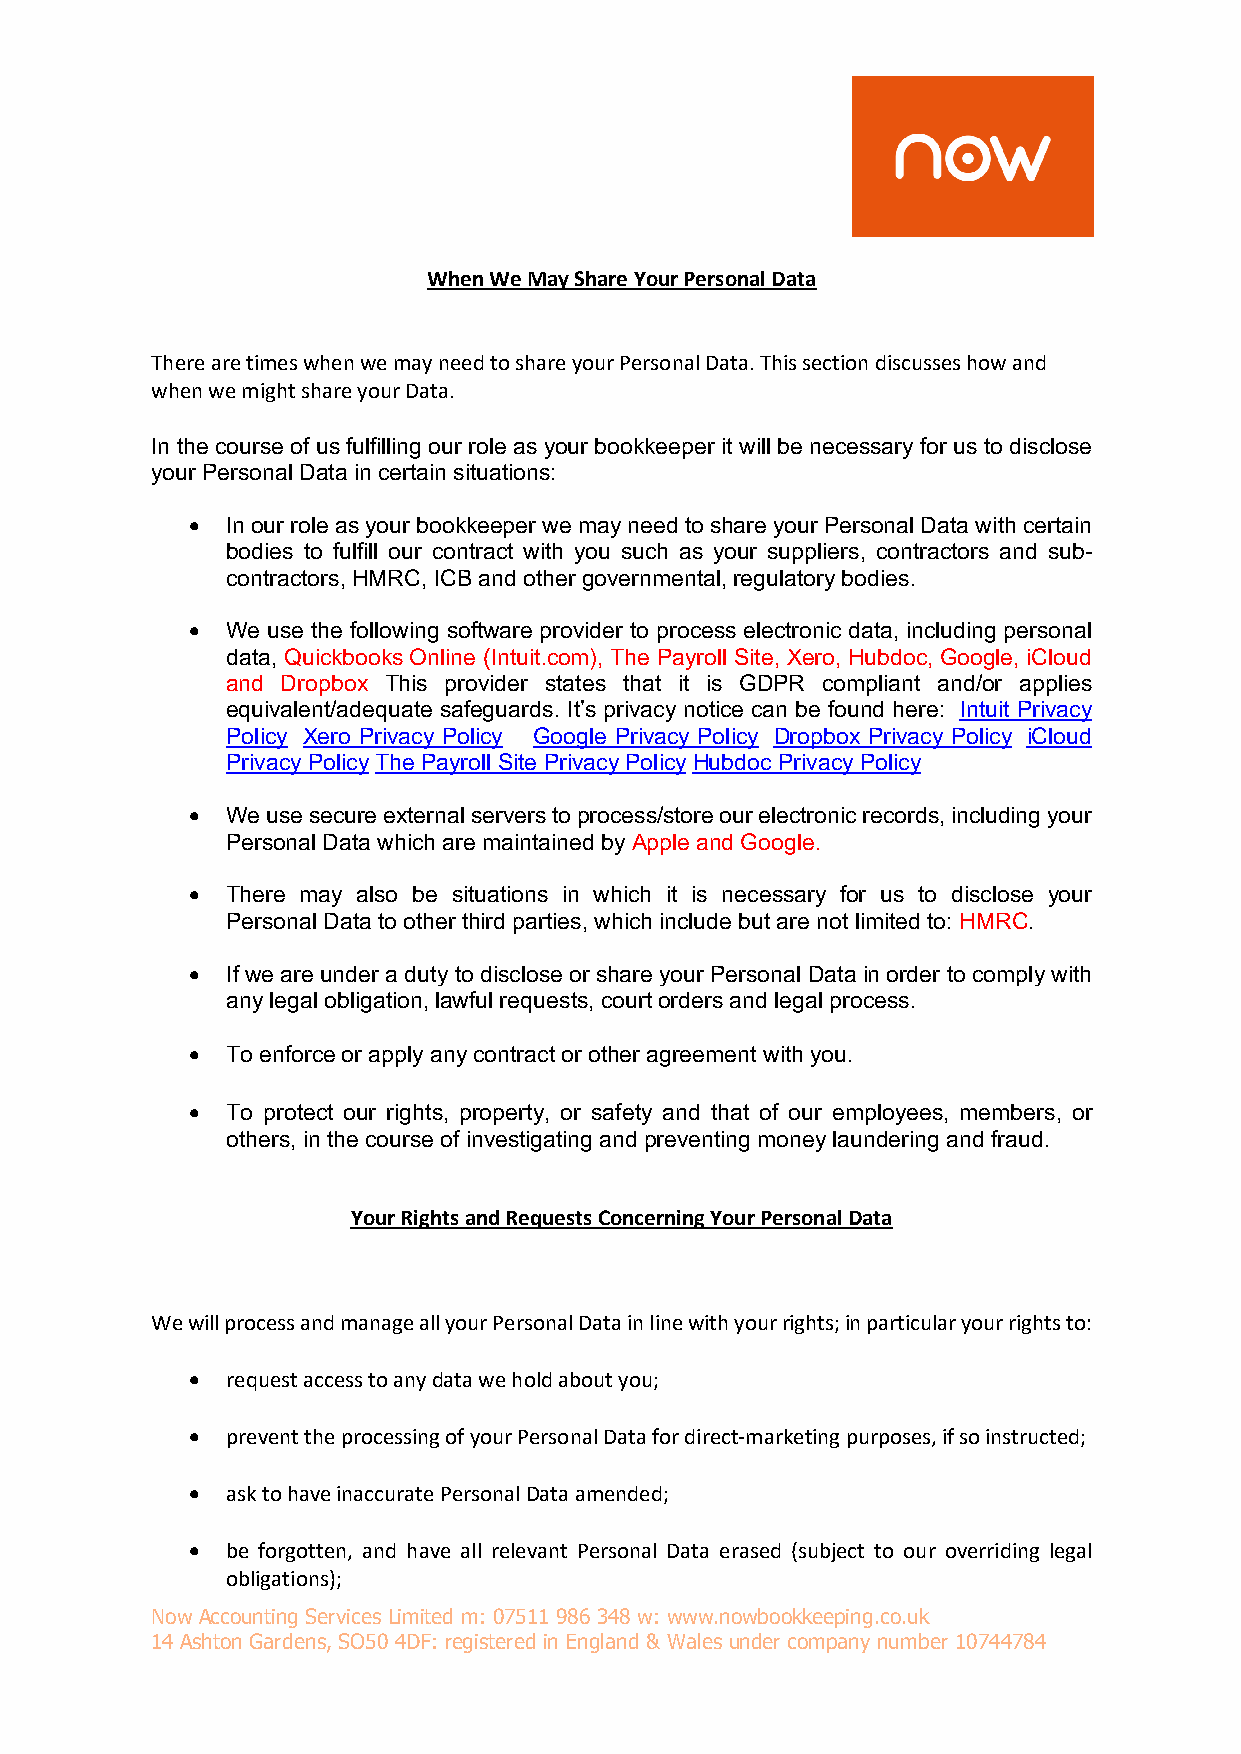
When We May Share Your Personal Data
 There are times when we may need to share your Personal Data. This section discusses how and
 when we might share your Data.
 In the course of us fulfilling our role as your bookkeeper it will be necessary for us to disclose
 your Personal Data in certain situations:
 •  In our role as your bookkeeper we may need to share your Personal Data with certain
 bodies to fulfill our contract with you such as your suppliers, contractors and sub-
 contractors, HMRC, ICB and other governmental, regulatory bodies.
 •  We use the following software provider to process electronic data, including personal
 data, Quickbooks Online (Intuit.com), The Payroll Site, Xero, Hubdoc, Google, iCloud
 and Dropbox This provider states that it is GDPR compliant and/or applies
 equivalent/adequate safeguards. It’s privacy notice can be found here: Intuit Privacy
 Policy Xero Privacy Policy Google Privacy Policy Dropbox Privacy Policy iCloud
 Privacy Policy The Payroll Site Privacy Policy Hubdoc Privacy Policy
 •  We use secure external servers to process/store our electronic records, including your
 Personal Data which are maintained by Apple and Google.
 •  There may also be situations in which it is necessary for us to disclose your
 Personal Data to other third parties, which include but are not limited to: HMRC.
 •  If we are under a duty to disclose or share your Personal Data in order to comply with
 any legal obligation, lawful requests, court orders and legal process.
 •  To enforce or apply any contract or other agreement with you.
 •  To protect our rights, property, or safety and that of our employees, members, or
 others, in the course of investigating and preventing money laundering and fraud.
 Your Rights and Requests Concerning Your Personal Data
 We will process and manage all your Personal Data in line with your rights; in particular your rights to:
 •  request access to any data we hold about you;
 •  prevent the processing of your Personal Data for direct-marketing purposes, if so instructed;
 •  ask to have inaccurate Personal Data amended;
 •  be forgotten, and have all relevant Personal Data erased (subject to our overriding legal
 obligations);
 Now Accounting Services Limited m: 07511 986 348 w: www.nowbookkeeping.co.uk
 14 Ashton Gardens, SO50 4DF: registered in England & Wales under company number 10744784